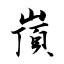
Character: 嵿